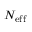
N _ { \mathrm { e f f } }